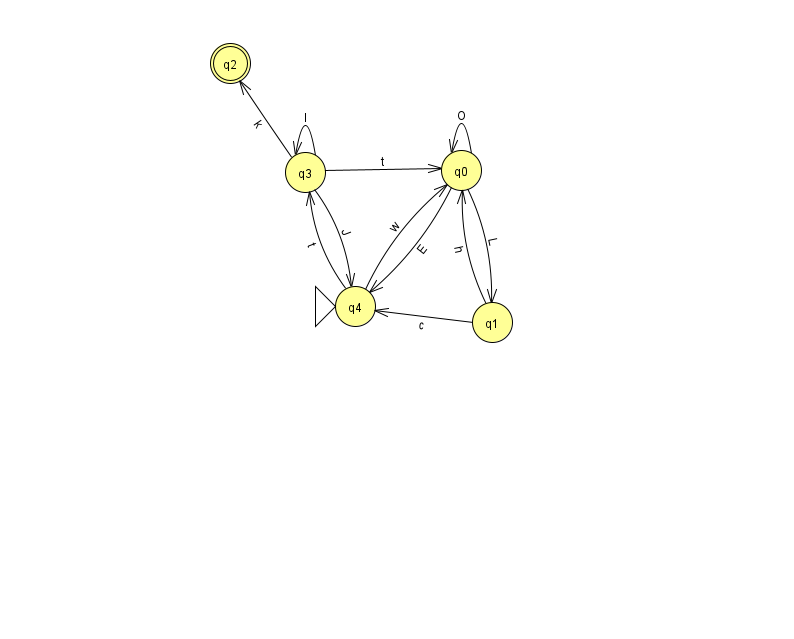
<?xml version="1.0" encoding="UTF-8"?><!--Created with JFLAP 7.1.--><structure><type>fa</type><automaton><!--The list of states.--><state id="0" name="q0"><x>461.0</x><y>157.0</y></state><state id="1" name="q1"><x>492.0</x><y>309.0</y></state><state id="2" name="q2"><x>230.0</x><y>50.0</y><final/></state><state id="3" name="q3"><x>305.0</x><y>159.0</y></state><state id="4" name="q4"><x>355.0</x><y>293.0</y><initial/></state><!--The list of transitions.--><transition><from>3</from><to>0</to><read>t</read></transition><transition><from>3</from><to>4</to><read>J</read></transition><transition><from>3</from><to>2</to><read>k</read></transition><transition><from>0</from><to>1</to><read>L</read></transition><transition><from>1</from><to>4</to><read>c</read></transition><transition><from>3</from><to>3</to><read>I</read></transition><transition><from>4</from><to>0</to><read>w</read></transition><transition><from>0</from><to>4</to><read>E</read></transition><transition><from>1</from><to>0</to><read>h</read></transition><transition><from>0</from><to>0</to><read>O</read></transition><transition><from>4</from><to>3</to><read>t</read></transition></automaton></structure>